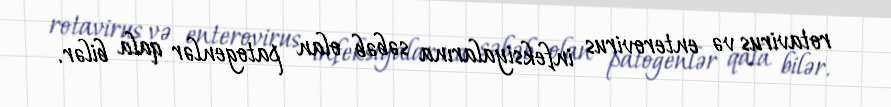
rotavirus və enterovirus infeksiyalarına səbəb olan patogenlər qala bilər.